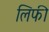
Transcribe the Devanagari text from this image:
लिफी